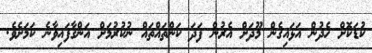
ކުޑަކޮށް ހެދުން އަޅައިގެން މޫދަށް އެރުން ފަދަ ކަންތައްތައް ނުކުރުމަށް އަންގާފައިވާނެ ކަމަށެވެ.